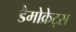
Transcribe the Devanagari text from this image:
डैमोक्रेट्स